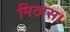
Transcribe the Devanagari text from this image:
मिठास।